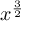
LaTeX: x ^ { \frac { 3 } { 2 } }